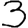
Digit: 3